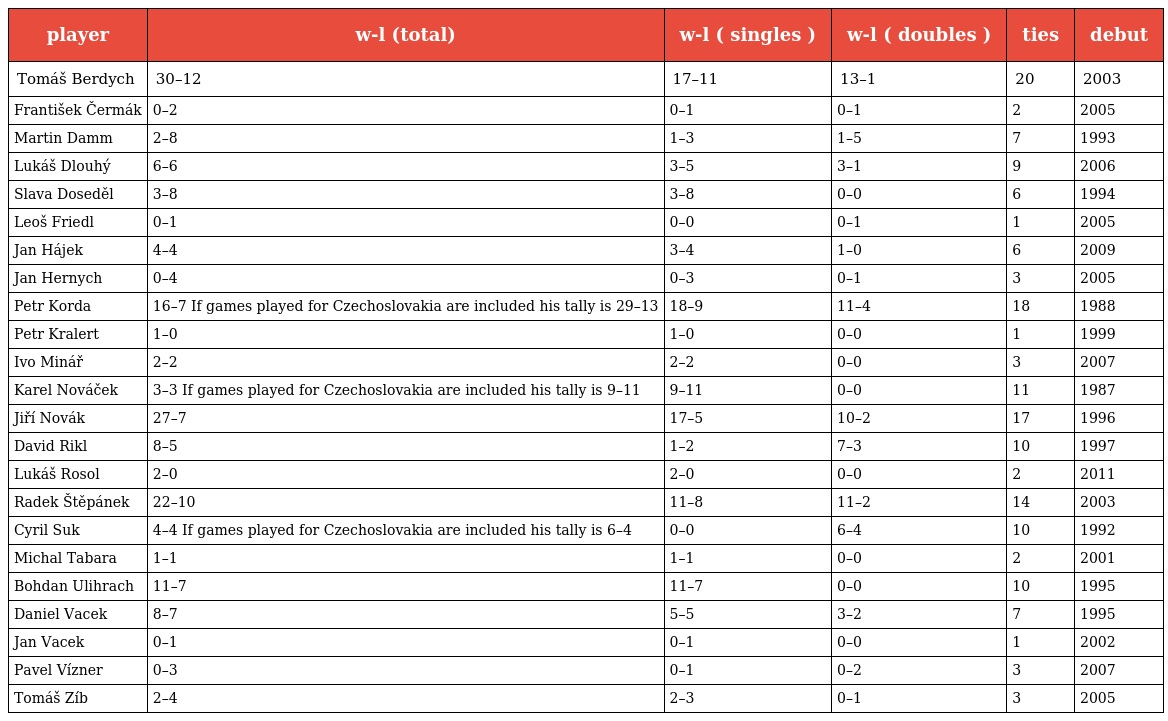
| player | w-l (total) | w-l ( singles ) | w-l ( doubles ) | ties | debut |
 | --- | --- | --- | --- | --- | --- |
 | Tomáš Berdych | 30–12 | 17–11 | 13–1 | 20 | 2003 |
 | František Čermák | 0–2 | 0–1 | 0–1 | 2 | 2005 |
 | Martin Damm | 2–8 | 1–3 | 1–5 | 7 | 1993 |
 | Lukáš Dlouhý | 6–6 | 3–5 | 3–1 | 9 | 2006 |
 | Slava Doseděl | 3–8 | 3–8 | 0–0 | 6 | 1994 |
 | Leoš Friedl | 0–1 | 0–0 | 0–1 | 1 | 2005 |
 | Jan Hájek | 4–4 | 3–4 | 1–0 | 6 | 2009 |
 | Jan Hernych | 0–4 | 0–3 | 0–1 | 3 | 2005 |
 | Petr Korda | 16–7 If games played for Czechoslovakia are included his tally is 29–13 | 18–9 | 11–4 | 18 | 1988 |
 | Petr Kralert | 1–0 | 1–0 | 0–0 | 1 | 1999 |
 | Ivo Minář | 2–2 | 2–2 | 0–0 | 3 | 2007 |
 | Karel Nováček | 3–3 If games played for Czechoslovakia are included his tally is 9–11 | 9–11 | 0–0 | 11 | 1987 |
 | Jiří Novák | 27–7 | 17–5 | 10–2 | 17 | 1996 |
 | David Rikl | 8–5 | 1–2 | 7–3 | 10 | 1997 |
 | Lukáš Rosol | 2–0 | 2–0 | 0–0 | 2 | 2011 |
 | Radek Štěpánek | 22–10 | 11–8 | 11–2 | 14 | 2003 |
 | Cyril Suk | 4–4 If games played for Czechoslovakia are included his tally is 6–4 | 0–0 | 6–4 | 10 | 1992 |
 | Michal Tabara | 1–1 | 1–1 | 0–0 | 2 | 2001 |
 | Bohdan Ulihrach | 11–7 | 11–7 | 0–0 | 10 | 1995 |
 | Daniel Vacek | 8–7 | 5–5 | 3–2 | 7 | 1995 |
 | Jan Vacek | 0–1 | 0–1 | 0–0 | 1 | 2002 |
 | Pavel Vízner | 0–3 | 0–1 | 0–2 | 3 | 2007 |
 | Tomáš Zíb | 2–4 | 2–3 | 0–1 | 3 | 2005 |